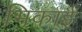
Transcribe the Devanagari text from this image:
भिकाई